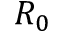
R _ { 0 }